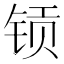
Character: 𮸉